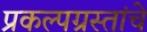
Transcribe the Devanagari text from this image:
प्रकल्पग्रस्तांचे